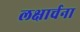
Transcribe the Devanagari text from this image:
लक्षार्चना